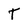
Character: T